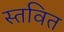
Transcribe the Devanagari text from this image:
स्तवित